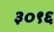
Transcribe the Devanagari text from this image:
३०९६